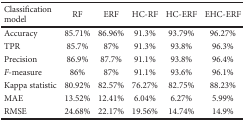
<table><thead><tr><td><b>Classification model</b></td><td><b>RF</b></td><td><b>ERF</b></td><td><b>HC-RF</b></td><td><b>HC-ERF</b></td><td><b>EHC-ERF</b></td></tr></thead><tbody><tr><td>Accuracy</td><td>85.71%</td><td>86.96%</td><td>91.3%</td><td>93.79%</td><td>96.27%</td></tr><tr><td>TPR</td><td>85.7%</td><td>87%</td><td>91.3%</td><td>93.8%</td><td>96.3%</td></tr><tr><td>Precision</td><td>86.9%</td><td>87.7%</td><td>91.1%</td><td>93.8%</td><td>96.4%</td></tr><tr><td><i>F</i>-measure</td><td>86%</td><td>87%</td><td>91.1%</td><td>93.6%</td><td>96.1%</td></tr><tr><td>Kappa statistic</td><td>80.92%</td><td>82.57%</td><td>76.27%</td><td>82.75%</td><td>88.23%</td></tr><tr><td>MAE</td><td>13.52%</td><td>12.41%</td><td>6.04%</td><td>6.27%</td><td>5.99%</td></tr><tr><td>RMSE</td><td>24.68%</td><td>22.17%</td><td>19.56%</td><td>14.74%</td><td>14.9%</td></tr></tbody></table>